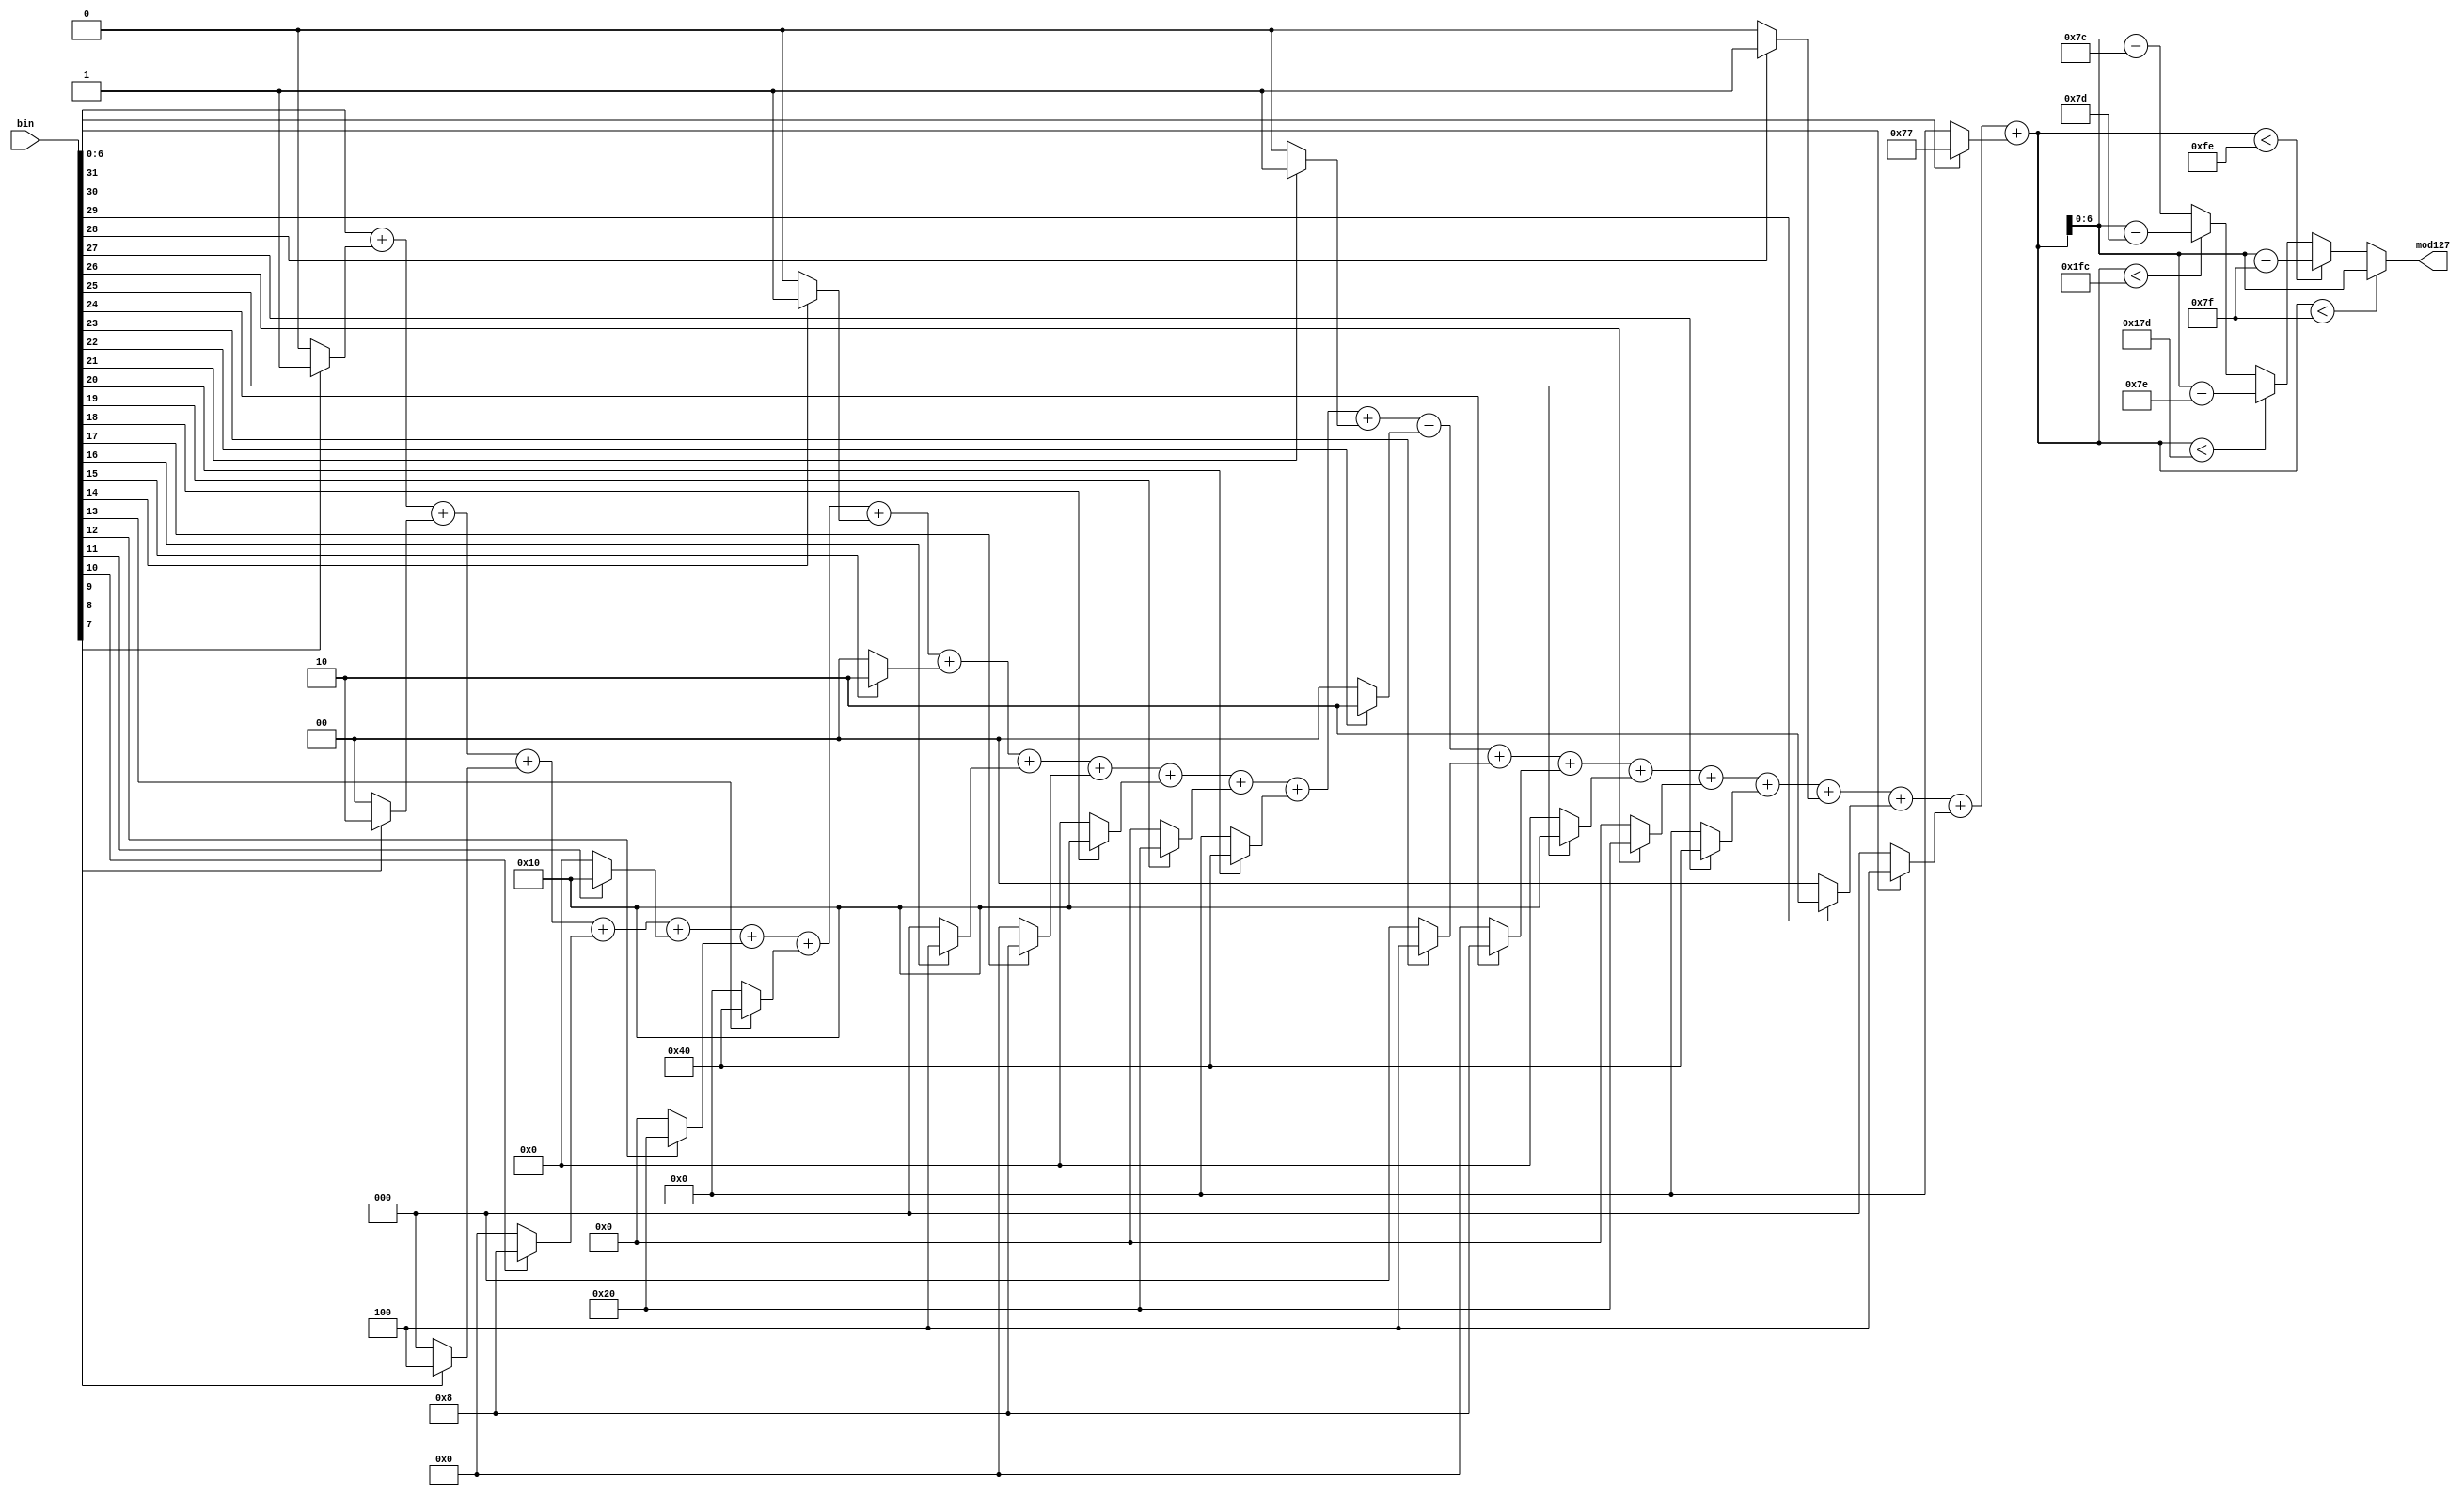
`timescale 1ns / 1ps
//////////////////////////////////////////////////////////////////////////////////
// Company: 
// Engineer: 
// 
// Design Name: 
// Module Name: modulo127n
// Project Name: 
// Target Devices: 
// Tool Versions: 
// Description: 
// 
// Dependencies: 
// 
// Revision:
// Revision 0.01 - File Created
// Additional Comments:
// 
//////////////////////////////////////////////////////////////////////////////////


module modulo127n(input [31:0] bin, output reg [6:0] mod127);
wire [6:0] s31,s30,s29,s28,s27,s26,s25,s24,s23,s22,s21,s20,s19,s18,s17,s16,s15,s14,s13,s12,s11,s10,s9,s8,s7;
wire [10:0] sum;

assign s31 = bin[31] ? 7'd119 : 7'd0;
assign s30 = bin[30] ? 7'd4 : 7'd0;
assign s29 = bin[29] ? 7'd2 : 7'd0;
assign s28 = bin[28] ? 7'd1 : 7'd0;
assign s27 = bin[27] ? 7'd64 : 7'd0;
assign s26 = bin[26] ? 7'd32 : 7'd0;
assign s25 = bin[25] ? 7'd16 : 7'd0;
assign s24 = bin[24] ? 7'd8 : 7'd0;
assign s23 = bin[23] ? 7'd4 : 7'd0;
assign s22 = bin[22] ? 7'd2 : 7'd0;
assign s21 = bin[21] ? 7'd1 : 7'd0;
assign s20 = bin[20] ? 7'd64 : 7'd0;
assign s19 = bin[19] ? 7'd32 : 7'd0;
assign s18 = bin[18] ? 7'd16 : 7'd0;
assign s17 = bin[17] ? 7'd8 : 7'd0;
assign s16 = bin[16] ? 7'd4 : 7'd0;
assign s15 = bin[15] ? 7'd2 : 7'd0;
assign s14 = bin[14] ? 7'd1 : 7'd0;
assign s13 = bin[13] ? 7'd64 : 7'd0;
assign s12 = bin[12] ? 7'd32 : 7'd0;
assign s11 = bin[11] ? 7'd16 : 7'd0;
assign s10 = bin[10] ? 7'd8 : 7'd0;
assign s9 = bin[9] ? 7'd4 : 7'd0;
assign s8 = bin[8] ? 7'd2 : 7'd0;
assign s7 = bin[7] ? 7'd1 : 7'd0;

assign sum = bin[6:0]+s7+s8+s9+s10+s11+s12+s13+s14+s15+s16+s17+s18+s19+s20+s21+s22+s23+s24+s25+s26+s27+s28+s29+s30+s31;

always@(*)
begin
    if(sum < 12'd127)
        mod127 = sum;
    else if(sum < 12'd254)
        mod127 = sum - 12'd127;
    else if(sum < 12'd381)
        mod127 = sum - 12'd254;
    else if(sum < 12'd508)
        mod127 = sum - 12'd381;
    else 
        mod127 = sum - 12'd508;
        
end
endmodule